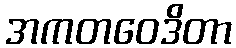
အကတဝေဒိတာ